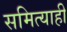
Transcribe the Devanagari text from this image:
समित्याही